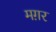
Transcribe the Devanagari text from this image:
मग़र